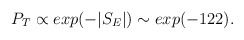
\begin{align*}P_T \propto exp(-\vert S_E\vert) \sim exp(-122).\end{align*}